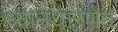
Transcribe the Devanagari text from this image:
ध्यानधारणेत